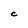
Character: C